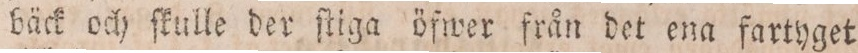
bäck och ſkulle der ſtiga öfwer från det ena fartyget